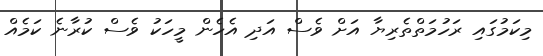
މިކަމުގައި ރަހުމަތްތެރިޔާ އަށް ވެސް އަދި އެހެން މީހަކު ވެސް ކުރާނެ ކަމެއް